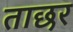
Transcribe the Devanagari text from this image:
ताछर